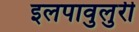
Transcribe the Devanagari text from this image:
इलपावुलुरी